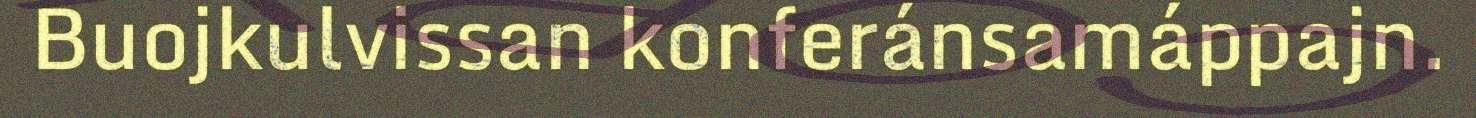
Buojkulvissan konferánsamáppajn.